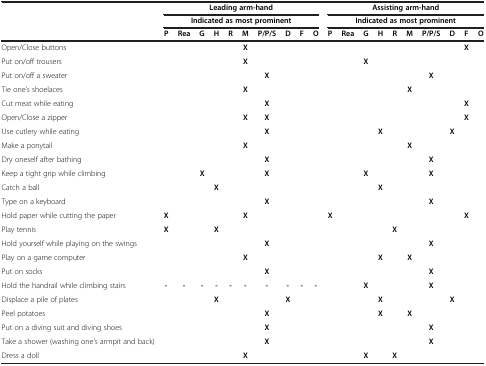
<table><thead><tr><td><b> </b></td><td colspan="10"><b>Leading arm-hand</b></td><td colspan="10"><b>Assisting arm-hand</b></td></tr><tr><td><b> </b></td><td colspan="10"><b>Indicated as most prominent</b></td><td colspan="10"><b>Indicated as most prominent</b></td></tr><tr><td><b> </b></td><td><b>P</b></td><td><b>Rea</b></td><td><b>G</b></td><td><b>H</b></td><td><b>R</b></td><td><b>M</b></td><td><b>P/P/S</b></td><td><b>D</b></td><td><b>F</b></td><td><b>O</b></td><td><b>P</b></td><td><b>Rea</b></td><td><b>G</b></td><td><b>H</b></td><td><b>R</b></td><td><b>M</b></td><td><b>P/P/S</b></td><td><b>D</b></td><td><b>F</b></td><td><b>O</b></td></tr></thead><tbody><tr><td>Open/Close buttons</td><td> </td><td> </td><td> </td><td> </td><td> </td><td><b>X</b></td><td> </td><td> </td><td> </td><td> </td><td> </td><td> </td><td> </td><td> </td><td> </td><td> </td><td> </td><td> </td><td><b>X</b></td><td> </td></tr><tr><td>Put on/off trousers</td><td> </td><td> </td><td> </td><td> </td><td> </td><td><b>X</b></td><td> </td><td> </td><td> </td><td> </td><td> </td><td> </td><td><b>X</b></td><td> </td><td> </td><td> </td><td> </td><td> </td><td> </td><td> </td></tr><tr><td>Put on/off a sweater</td><td> </td><td> </td><td> </td><td> </td><td> </td><td> </td><td><b>X</b></td><td> </td><td> </td><td> </td><td> </td><td> </td><td> </td><td> </td><td> </td><td> </td><td><b>X</b></td><td> </td><td> </td><td> </td></tr><tr><td>Tie one’s shoelaces</td><td> </td><td> </td><td> </td><td> </td><td> </td><td><b>X</b></td><td> </td><td> </td><td> </td><td> </td><td> </td><td> </td><td> </td><td> </td><td> </td><td><b>X</b></td><td> </td><td> </td><td> </td><td> </td></tr><tr><td>Cut meat while eating</td><td> </td><td> </td><td> </td><td> </td><td> </td><td> </td><td><b>X</b></td><td> </td><td> </td><td> </td><td> </td><td> </td><td> </td><td> </td><td> </td><td> </td><td> </td><td> </td><td><b>X</b></td><td> </td></tr><tr><td>Open/Close a zipper</td><td> </td><td> </td><td> </td><td> </td><td> </td><td><b>X</b></td><td><b>X</b></td><td> </td><td> </td><td> </td><td> </td><td> </td><td> </td><td> </td><td> </td><td> </td><td> </td><td> </td><td><b>X</b></td><td> </td></tr><tr><td>Use cutlery while eating</td><td> </td><td> </td><td> </td><td> </td><td> </td><td> </td><td><b>X</b></td><td> </td><td> </td><td> </td><td> </td><td> </td><td> </td><td><b>X</b></td><td> </td><td> </td><td> </td><td><b>X</b></td><td> </td><td> </td></tr><tr><td>Make a ponytail</td><td> </td><td> </td><td> </td><td> </td><td> </td><td><b>X</b></td><td> </td><td> </td><td> </td><td> </td><td> </td><td> </td><td> </td><td> </td><td> </td><td><b>X</b></td><td> </td><td> </td><td> </td><td> </td></tr><tr><td>Dry oneself after bathing</td><td> </td><td> </td><td> </td><td> </td><td> </td><td> </td><td><b>X</b></td><td> </td><td> </td><td> </td><td> </td><td> </td><td> </td><td> </td><td> </td><td> </td><td><b>X</b></td><td> </td><td> </td><td> </td></tr><tr><td>Keep a tight grip while climbing</td><td> </td><td> </td><td><b>X</b></td><td> </td><td> </td><td> </td><td><b>X</b></td><td> </td><td> </td><td> </td><td> </td><td> </td><td><b>X</b></td><td> </td><td> </td><td> </td><td><b>X</b></td><td> </td><td> </td><td> </td></tr><tr><td>Catch a ball</td><td> </td><td> </td><td> </td><td><b>X</b></td><td> </td><td> </td><td> </td><td> </td><td> </td><td> </td><td> </td><td> </td><td> </td><td><b>X</b></td><td> </td><td> </td><td> </td><td> </td><td> </td><td> </td></tr><tr><td>Type on a keyboard</td><td> </td><td> </td><td> </td><td> </td><td> </td><td> </td><td><b>X</b></td><td> </td><td> </td><td> </td><td> </td><td> </td><td> </td><td> </td><td> </td><td> </td><td><b>X</b></td><td> </td><td> </td><td> </td></tr><tr><td>Hold paper while cutting the paper</td><td><b>X</b></td><td> </td><td> </td><td> </td><td> </td><td><b>X</b></td><td> </td><td> </td><td> </td><td> </td><td><b>X</b></td><td> </td><td> </td><td> </td><td> </td><td> </td><td> </td><td> </td><td><b>X</b></td><td> </td></tr><tr><td>Play tennis</td><td><b>X</b></td><td> </td><td> </td><td><b>X</b></td><td> </td><td> </td><td> </td><td> </td><td> </td><td> </td><td> </td><td> </td><td> </td><td> </td><td><b>X</b></td><td> </td><td> </td><td> </td><td> </td><td> </td></tr><tr><td>Hold yourself while playing on the swings</td><td> </td><td> </td><td> </td><td> </td><td> </td><td> </td><td><b>X</b></td><td> </td><td> </td><td> </td><td> </td><td> </td><td> </td><td> </td><td> </td><td> </td><td><b>X</b></td><td> </td><td> </td><td> </td></tr><tr><td>Play on a game computer</td><td> </td><td> </td><td> </td><td> </td><td> </td><td><b>X</b></td><td> </td><td> </td><td> </td><td> </td><td> </td><td> </td><td> </td><td><b>X</b></td><td> </td><td><b>X</b></td><td> </td><td> </td><td> </td><td> </td></tr><tr><td>Put on socks</td><td> </td><td> </td><td> </td><td> </td><td> </td><td> </td><td><b>X</b></td><td> </td><td> </td><td> </td><td> </td><td> </td><td> </td><td> </td><td> </td><td> </td><td><b>X</b></td><td> </td><td> </td><td> </td></tr><tr><td>Hold the handrail while climbing stairs</td><td><b>-</b></td><td><b>-</b></td><td><b>-</b></td><td><b>-</b></td><td><b>-</b></td><td><b>-</b></td><td><b>-</b></td><td><b>-</b></td><td><b>-</b></td><td><b>-</b></td><td> </td><td> </td><td><b>X</b></td><td> </td><td> </td><td> </td><td><b>X</b></td><td> </td><td> </td><td> </td></tr><tr><td>Displace a pile of plates</td><td> </td><td> </td><td> </td><td><b>X</b></td><td> </td><td> </td><td> </td><td><b>X</b></td><td> </td><td> </td><td> </td><td> </td><td> </td><td><b>X</b></td><td> </td><td> </td><td> </td><td><b>X</b></td><td> </td><td> </td></tr><tr><td>Peel potatoes</td><td> </td><td> </td><td> </td><td> </td><td> </td><td> </td><td><b>X</b></td><td> </td><td> </td><td> </td><td> </td><td> </td><td> </td><td><b>X</b></td><td> </td><td><b>X</b></td><td> </td><td> </td><td> </td><td> </td></tr><tr><td>Put on a diving suit and diving shoes</td><td> </td><td> </td><td> </td><td> </td><td> </td><td> </td><td><b>X</b></td><td> </td><td> </td><td> </td><td> </td><td> </td><td> </td><td> </td><td> </td><td> </td><td><b>X</b></td><td> </td><td> </td><td> </td></tr><tr><td>Take a shower (washing one’s armpit and back)</td><td> </td><td> </td><td> </td><td> </td><td> </td><td> </td><td><b>X</b></td><td> </td><td> </td><td> </td><td> </td><td> </td><td> </td><td> </td><td> </td><td> </td><td><b>X</b></td><td> </td><td> </td><td> </td></tr><tr><td>Dress a doll</td><td> </td><td> </td><td> </td><td> </td><td> </td><td><b>X</b></td><td> </td><td> </td><td> </td><td> </td><td> </td><td> </td><td><b>X</b></td><td> </td><td><b>X</b></td><td> </td><td> </td><td> </td><td> </td><td> </td></tr></tbody></table>